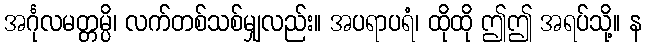
အင်္ဂုလမတ္တမ္ပိ၊ လက်တစ်သစ်မျှလည်း။ အပရာပရံ၊ ထိုထို ဤဤ အရပ်သို့။ န